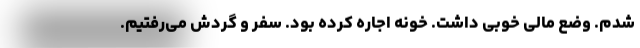
شدم. وضع مالی خوبی داشت. خونه اجاره کرده بود. سفر و گردش می‌رفتیم.